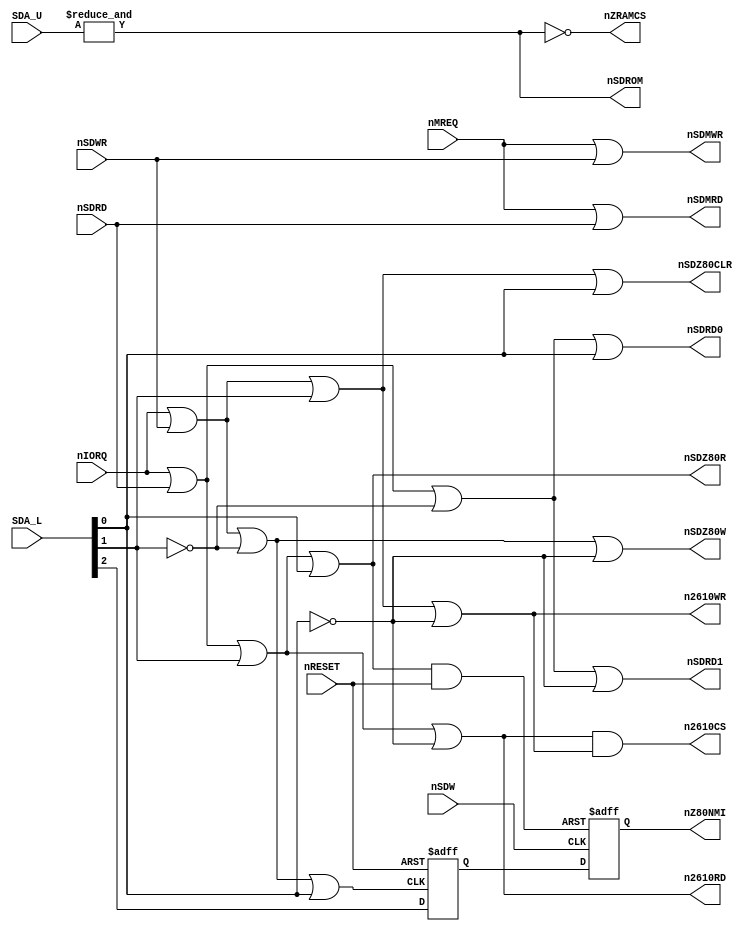
module z80ctrl(
	input [4:2] SDA_L,
	input [15:11] SDA_U,
	input nSDRD, nSDWR,
	input nMREQ, nIORQ,
	input nSDW,						
	input nRESET,
	output reg nZ80NMI,
	output nSDZ80R, nSDZ80W,	
	output nSDZ80CLR,				
	output nSDROM,
	output nSDMRD, nSDMWR,
	output nSDRD0, nSDRD1,
	output n2610CS,
	output n2610RD, n2610WR,
	output nZRAMCS
);
	reg nNMI_EN;
	wire nIORD, nIOWR;
	wire nNMI_SET, nNMI_RESET;
	assign nSDROM = &{SDA_U};
	assign nZRAMCS = ~nSDROM;
	assign nSDMRD = nMREQ | nSDRD;	
	assign nSDMWR = nMREQ | nSDWR;	
	assign nIORD = nIORQ | nSDRD;		
	assign nIOWR = nIORQ | nSDWR;		
	assign nSDZ80R = (nIORD | SDA_L[3] | SDA_L[2]);
	assign nSDZ80CLR = (nIOWR | SDA_L[3] | SDA_L[2]);
	assign n2610RD = (nIORD | SDA_L[3] | ~SDA_L[2]);
	assign n2610WR = (nIOWR | SDA_L[3] | ~SDA_L[2]);
	assign n2610CS = n2610RD & n2610WR;
	assign nSDRD0 = (nIORD | ~SDA_L[3] | SDA_L[2]);
	assign nNMI_SET = (nIOWR | ~SDA_L[3] | SDA_L[2]);
	assign nSDRD1 = (nIORD | ~SDA_L[3] | ~SDA_L[2]);
	assign nSDZ80W = (nIOWR | ~SDA_L[3] | ~SDA_L[2]);
	assign nNMI_RESET = nSDZ80R & nRESET;
	always @(posedge nNMI_SET or negedge nRESET)
	begin
		if (!nRESET)
			nNMI_EN <= 1'b1;
		else
			nNMI_EN <= SDA_L[4];
	end
	always @(posedge nSDW or negedge nNMI_RESET)
	begin
		if (!nNMI_RESET)
			nZ80NMI <= 1'b1;
		else
			nZ80NMI <= nNMI_EN;
	end
endmodule